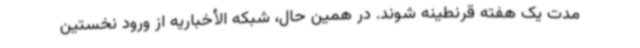
مدت یک هفته قرنطینه شوند. در همین حال، شبکه الأخباریه از ورود نخستین